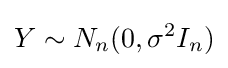
Y\sim N_{n}(0,\sigma ^{2}I_{n})